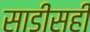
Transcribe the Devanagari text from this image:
साडीसही